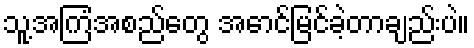
သူ့အကြံအစည်တွေ အောင်မြင်ခဲ့တာချည်းပဲ။